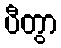
ပီတွာ